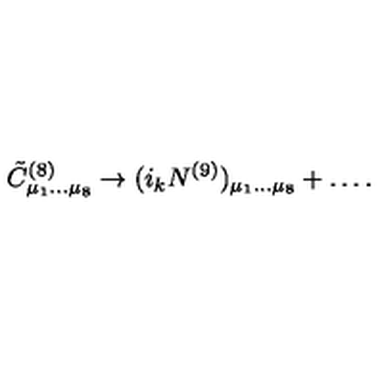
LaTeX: { \tilde { C } } _ { \mu _ { 1 } \dots \mu _ { 8 } } ^ { ( 8 ) } \rightarrow ( i _ { k } N ^ { ( 9 ) } ) _ { \mu _ { 1 } \dots \mu _ { 8 } } + \dots .